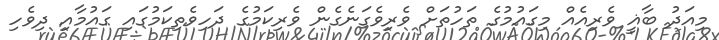
މިއަދު ބާޣީ ވެރިއެއް މިގައުމުގެ ތަހުތަށް ވެރިވެގަނެގެން ވެރިކަމުގެ ދަހިވެތިކަމުގައި ގައުމާއި ދިވެހި